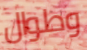
وطوال